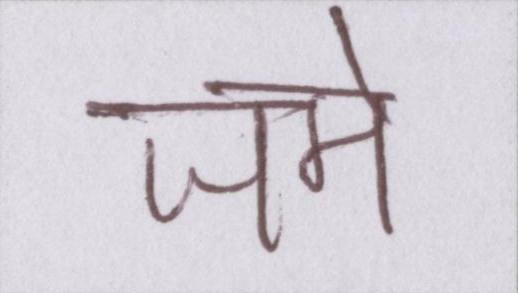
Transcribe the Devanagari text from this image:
जमे